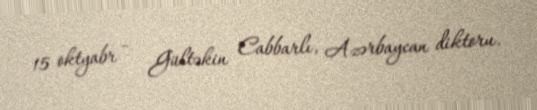
15 oktyabr – Gültəkin Cabbarlı, Azərbaycan diktoru.